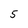
Character: 5